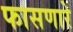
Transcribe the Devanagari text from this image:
फासणारे